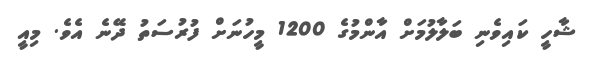
ޝާހީ ކައިވެނި ބަލާލުމަށް އާންމުގެ 1200 މީހުނަށް ފުރުސަތު ދޭނެ އެވެ. މިއީ